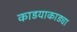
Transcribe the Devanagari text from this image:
काडयाकाड्या